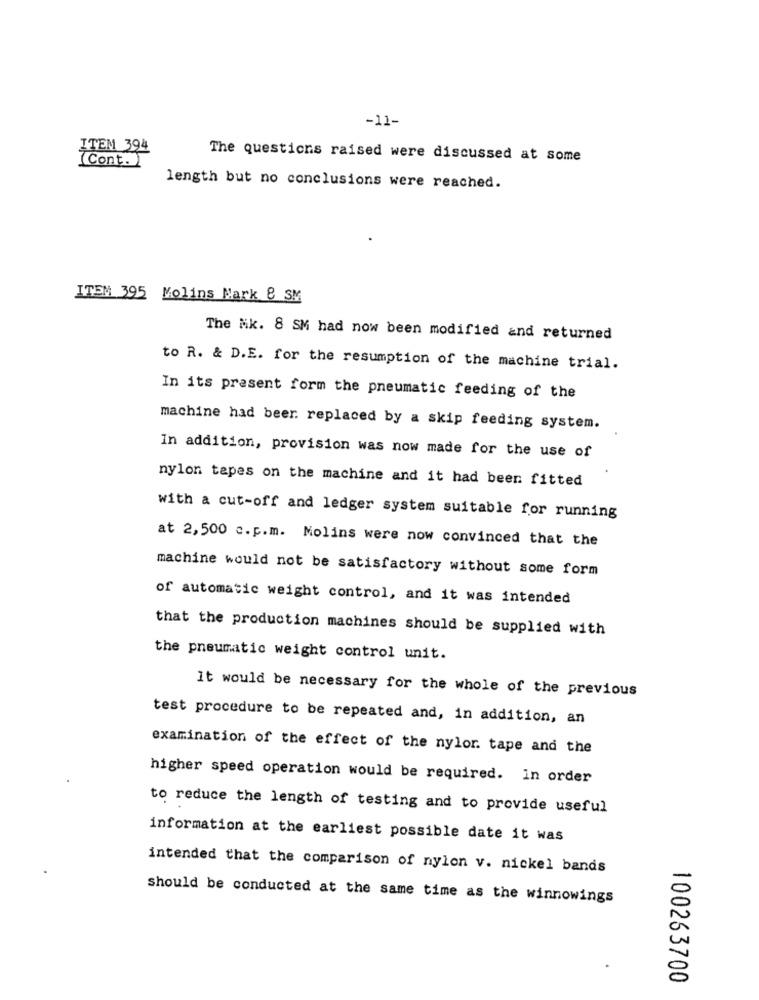
-11-
ITEM 394
The questions raised were discussed at some
(Cont.)
length but no conclusions were reached.
ITEM 395 Molins Mark & SM
The Mk. 8 SM had now been modified and returned
to R. & D.E. for the resumption of the machine trial.
In its present form the pneumatic feeding of the
machine had beer replaced by a skip feeding system.
In addition, provision was now made for the use of
nylon tapes on the machine and it had been fitted
with a cut-off and ledger system suitable for running
at 2,500 c.p.m. Molins were now convinced that the
machine would not be satisfactory without some form
of automatic weight control, and it was intended
that the production machines should be supplied with
the pneumatic weight control unit.
It would be necessary for the whole of the previous
test procedure to be repeated and, in addition, an
examination of the effect of the nylor. tape and the
higher speed operation would be required. in order
to reduce the length of testing and to provide useful
information at the earliest possible date it was
intended that the comparison of nylon v. nickel bands
should be conducted at the same time as the winnowings
100263700